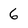
Character: 6